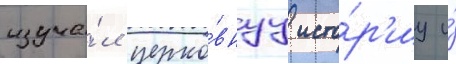
изуча́л церко́внуу исто́р'иу и́